Annual report on the lock hospitals of the Madras Presidency
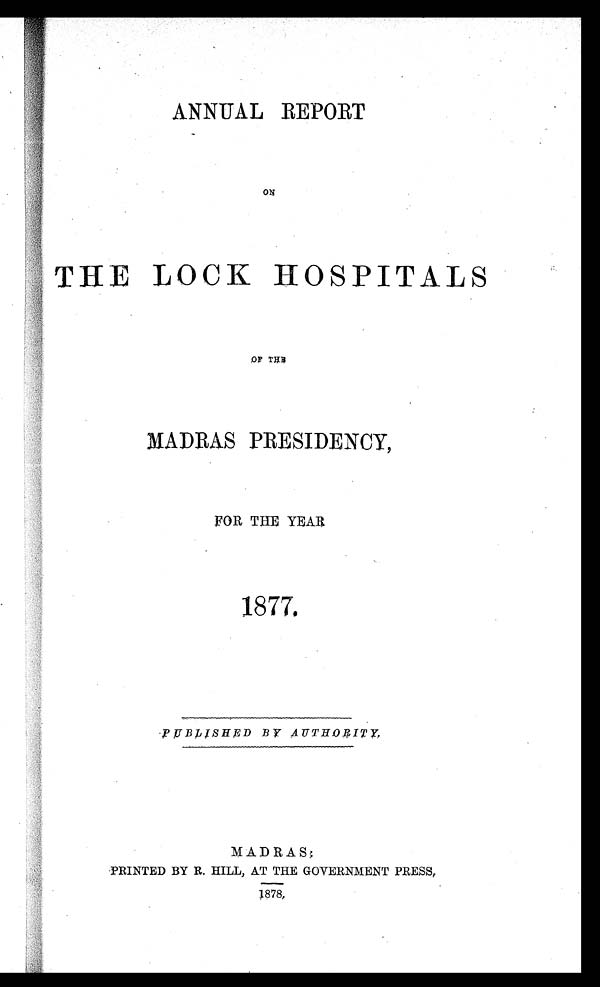
ANNUAL REPORT
O N
T H E L O C K H O S P I T A L S
O F T H E
M A D R A S P R E S I D E N C Y ,
F O R T H E Y E A R
1 8 7 7 .
P U B L I S H E D B Y A U T H O R I T Y ,
M A D R A S :
P R I N T E D B Y R . H I L L , A T T H E G O V E R N M E N T P R E S S ,
1 8 7 8 .